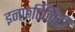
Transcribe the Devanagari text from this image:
इनफर्टिलिटी